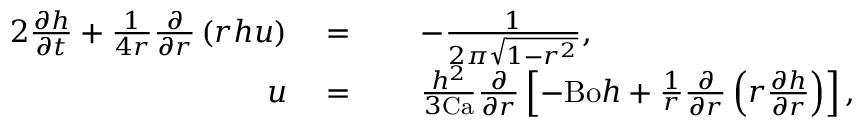
\begin{array} { r l r l } { { 2 } \frac { \partial h } { \partial t } + \frac { 1 } { 4 r } \frac { \partial } { \partial r } \left( r h u \right) } & { \; = } & & { \; - \frac { 1 } { 2 \pi \sqrt { 1 - r ^ { 2 } } } , } \\ { u } & { \; = } & & { \; \frac { h ^ { 2 } } { 3 \mathrm { C a } } \frac { \partial } { \partial r } \left[ - \mathrm { B o } h + \frac { 1 } { r } \frac { \partial } { \partial r } \left( r \frac { \partial h } { \partial r } \right) \right] , } \end{array}